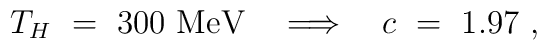
T_H ~=~ 300~{\rm MeV} ~~~\Longrightarrow~~~      c~=~ 1.97~,